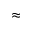
\approx